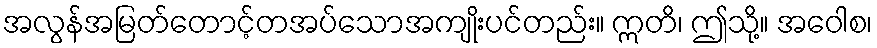
အလွန်အမြတ်တောင့်တအပ်သောအကျိုးပင်တည်း။ ဣတိ၊ ဤသို့။ အဝေါစ၊